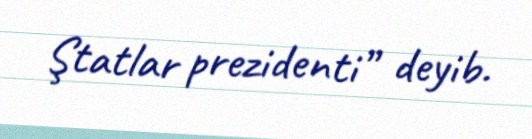
Ştatlar prezidenti” deyib.